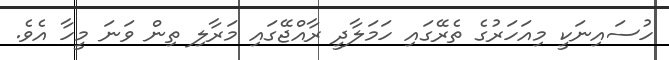
ހުސައިނަކީ މިއަހަރުގެ ތެރޭގައި ހަމަލާދީ ރާއްޖޭގައި މަރާލި ތިން ވަނަ މީހާ އެވެ.